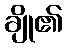
ချို၏